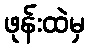
ဖုန်းထဲမှ